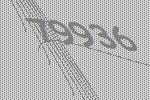
79936